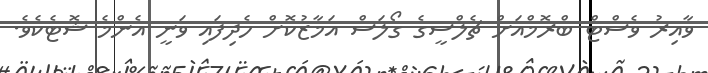
ވާއިރު ވެސްޓް ބްރޮމްއަށް ޗެލްސީގެ ގޯލަސް އަމާޒުކޮށް ހެދިފައި ވަނީ އެންމެ ޝޮޓެކެވެ.